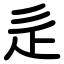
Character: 辵